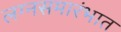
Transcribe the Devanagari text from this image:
लग्नसमारंभात